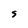
Character: S